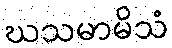
ဃသမာမိသံ